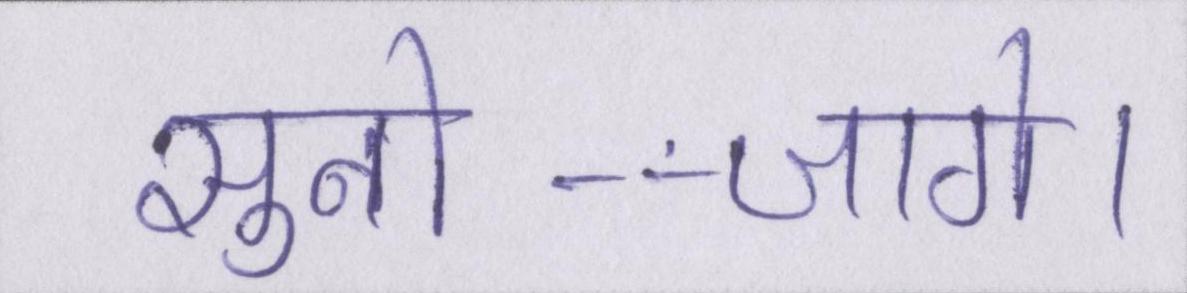
सुनो--जागे।